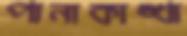
পানাকাঙ্খা